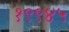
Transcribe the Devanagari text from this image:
१९९४५